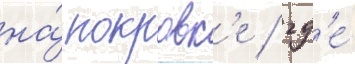
на́ покровк'е / гд'е́